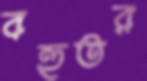
বহুতর